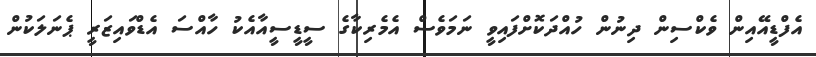
އެފްޑީއޭއިން ވެކްސިން ދިނުން ހުއްދަކޮށްފައިވީ ނަމަވެސް އެމެރިކާގެ ސީޑީސީއާއެކު ހާއްސަ އެޑްވައިޒަރީ ޕެނަލަކުން